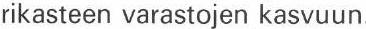
rikasteen varastojen kasvuun